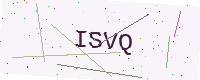
Text: ISVQ